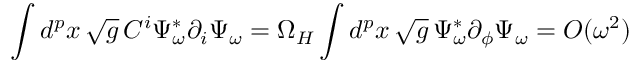
\int d ^ { p } x \, \sqrt { g } \, C ^ { i } \Psi _ { \omega } ^ { * } \partial _ { i } \Psi _ { \omega } = \Omega _ { H } \int d ^ { p } x \, \sqrt { g } \, \Psi _ { \omega } ^ { * } \partial _ { \phi } \Psi _ { \omega } \nonumber = { \cal O } ( \omega ^ { 2 } )